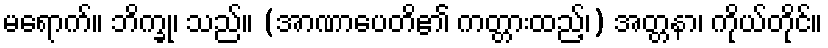
မရောက်။ ဘိက္ခု၊ သည်။ (အာဏာပေတိ၏ ကတ္တားထည့်၊) အတ္တနာ၊ ကိုယ်တိုင်။